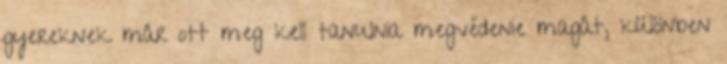
gyereknek már ott meg kell tanulnia megvédenie magát, különben